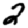
Digit: 2